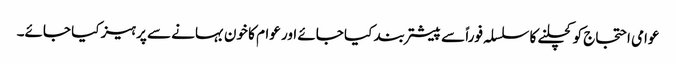
عوامی احتجاج کو کچلنے کا سلسلہ فوراً سے پیشتر بند کیا جائے اور عوام کا خون بہانے سے پرہیز کیا جائے۔